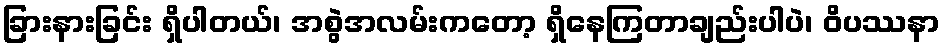
ခြားနားခြင်း ရှိပါတယ်၊ အစွဲအလမ်းကတော့ ရှိနေကြတာချည်းပါပဲ၊ ဝိပဿနာ